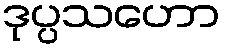
ဒုပ္ပသဟော